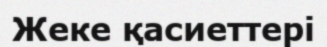
Жеке қасиеттері